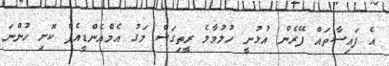
އެ ފައިސާތައް ފޭރެން އުޅުނީ ހުލުމާލެ ރީތިގަސް މަގު އެމްއެންޑީއެފް ކޮށި ހުންނަ